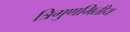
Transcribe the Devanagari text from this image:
त्रिगुणमितीय